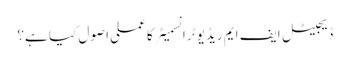
ڈیجیٹل ایف ایم ریڈیو ٹرانسمیٹر کا عملی اصول کیا ہے؟